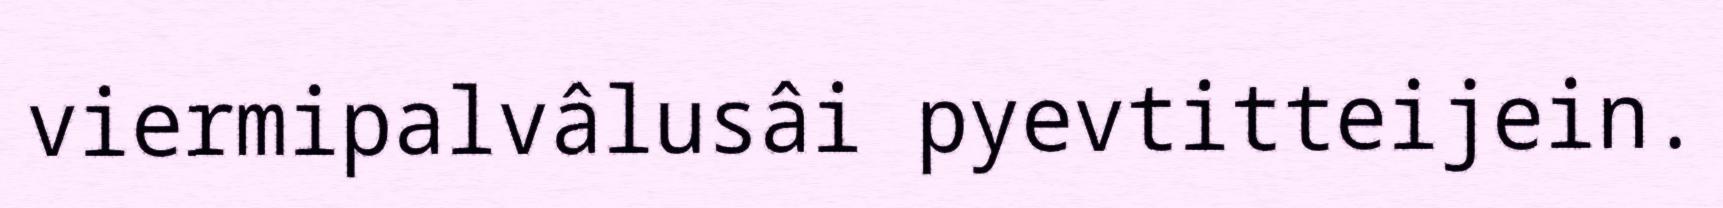
viermipalvâlusâi pyevtitteijein.